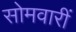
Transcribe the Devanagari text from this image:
सोमवारीं